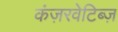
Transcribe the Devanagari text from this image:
कंज़रवेटिब्ज़